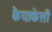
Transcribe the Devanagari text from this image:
कैयाकेसी